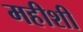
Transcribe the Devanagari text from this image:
महीशी